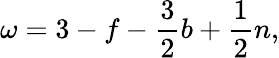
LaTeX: \omega=3-f-\frac{3}{2}b+\frac{1}{2}n,